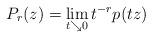
LaTeX: \begin{align*}P_r(z) = \lim_{t\searrow 0} t^{-r} p(t z)\end{align*}